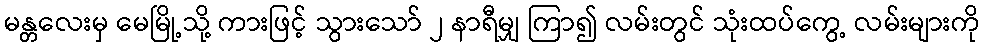
မန္တလေးမှ မေမြို့သို့ ကားဖြင့် သွားသော် ၂ နာရီမျှ ကြာ၍ လမ်းတွင် သုံးထပ်ကွေ့ လမ်းများကို